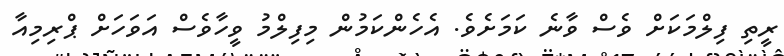
ރީތި ފިލްމަކަށް ވެސް ވާނެ ކަމަށެވެ. އެހެންކަމުން މިފިލްމު ވީހާވެސް އަވަހަށް ޕްރިމިއާ